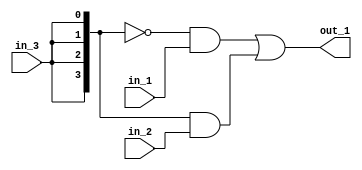
module bus_sigs
			(
				// Inputs
				in_1,
				in_2,
				in_3,
				// Outputs
				out_1
			);

	//Port definitions
	
	input  [3:0]	in_1;
	input  [3:0]	in_2;
	input				in_3;
	
	output [3:0]	out_1;
	
	wire   [3:0]	in_3_bus;
	
	//---------------------- Design implementation ---------
	
	assign in_3_bus = {4{in_3}};
	assign out_1 = (~in_3_bus & in_1) | (in_3_bus & in_2);

endmodule